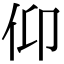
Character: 仰